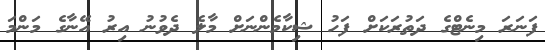
ފަނަރަ މިނެޓްގެ ދަތުރަކަށް ފަހު ޝިކާމެންނަށް މާލެ ދެވުނު އިރު އޭނާގެ މަންމަ